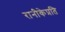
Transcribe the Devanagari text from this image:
रानीकेप्रति